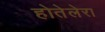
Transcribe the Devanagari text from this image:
होतेलेरा